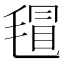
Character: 𣯀